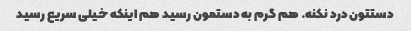
دستتون درد نکنه. هم گرم به دستمون رسید هم اینکه خیلی سریع رسید